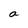
Character: a